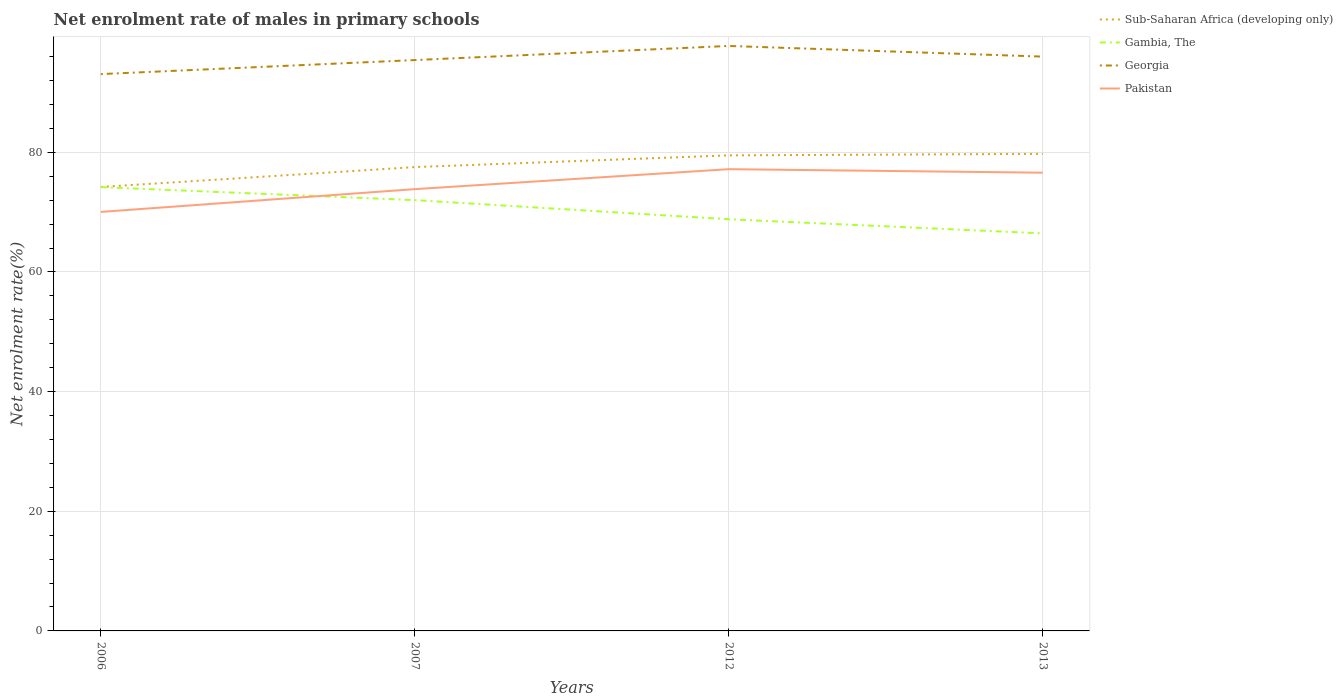
| Years | Sub-Saharan Africa (developing only) | Gambia, The | Georgia | Pakistan |
 | --- | --- | --- | --- | --- |
 | 2006 | 74.2 | 74.2 | 93.1 | 70 |
 | 2007 | 77.5 | 72 | 95.4 | 73.9 |
 | 2012 | 79.5 | 68.8 | 97.8 | 77.2 |
 | 2013 | 79.7 | 66.5 | 96 | 76.6 |